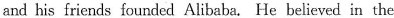
and his friends founded Alibaba. He believed in the